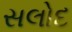
સલોદ